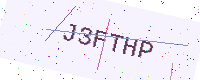
Text: J3FTHP